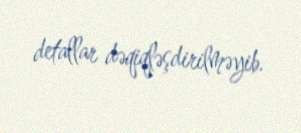
detallar dəqiqləşdirilməyib.